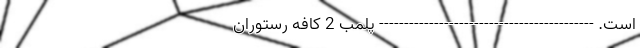
است. ------------------------------------------- پلمب 2 کافه رستوران